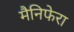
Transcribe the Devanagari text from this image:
मैनिफेरा